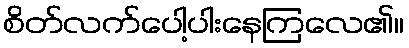
စိတ်လက်ပေါ့ပါးနေကြလေ၏။